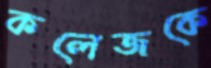
কলেজকে